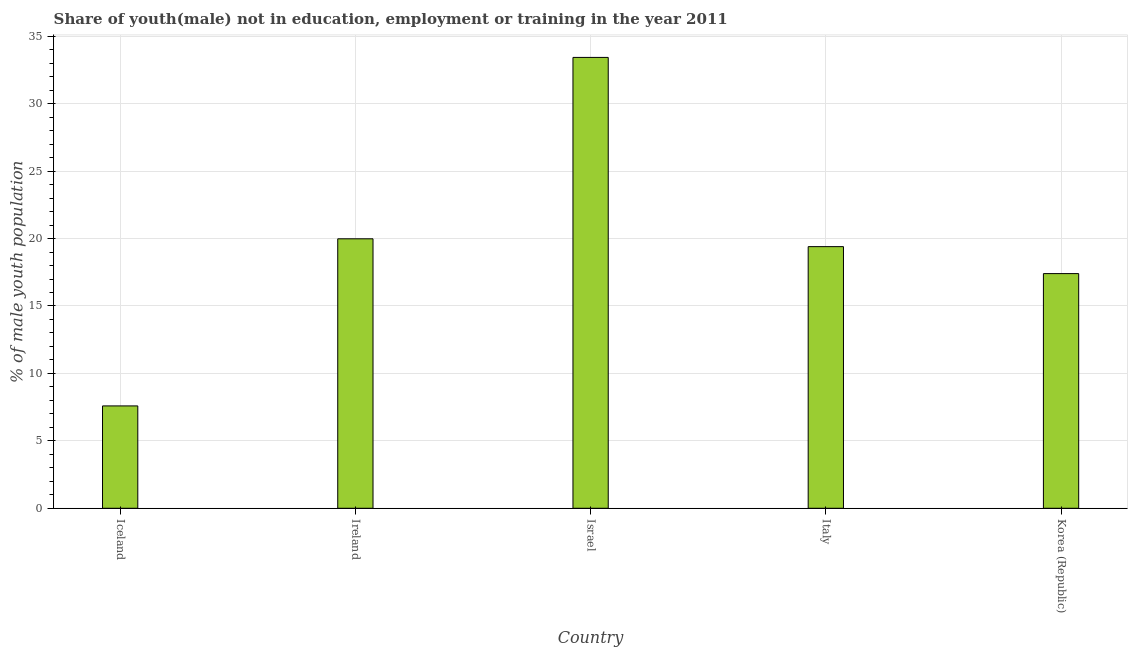
| Country | Unemployed(male) |
 | --- | --- |
 | Iceland | 7.59 |
 | Ireland | 20 |
 | Israel | 33.4 |
 | Italy | 19.4 |
 | Korea (Republic) | 17.4 |